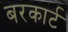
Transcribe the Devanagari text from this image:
बरकार्ट